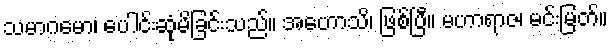
သမာဂမော၊ ပေါင်းဆုံမိခြင်းသည်။ အဟောသိ၊ ဖြစ်ပြီ။ မဟာရာဇ၊ မင်းမြတ်။